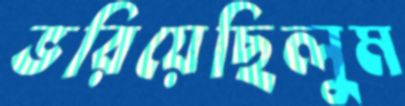
ভরিয়েছিলুম